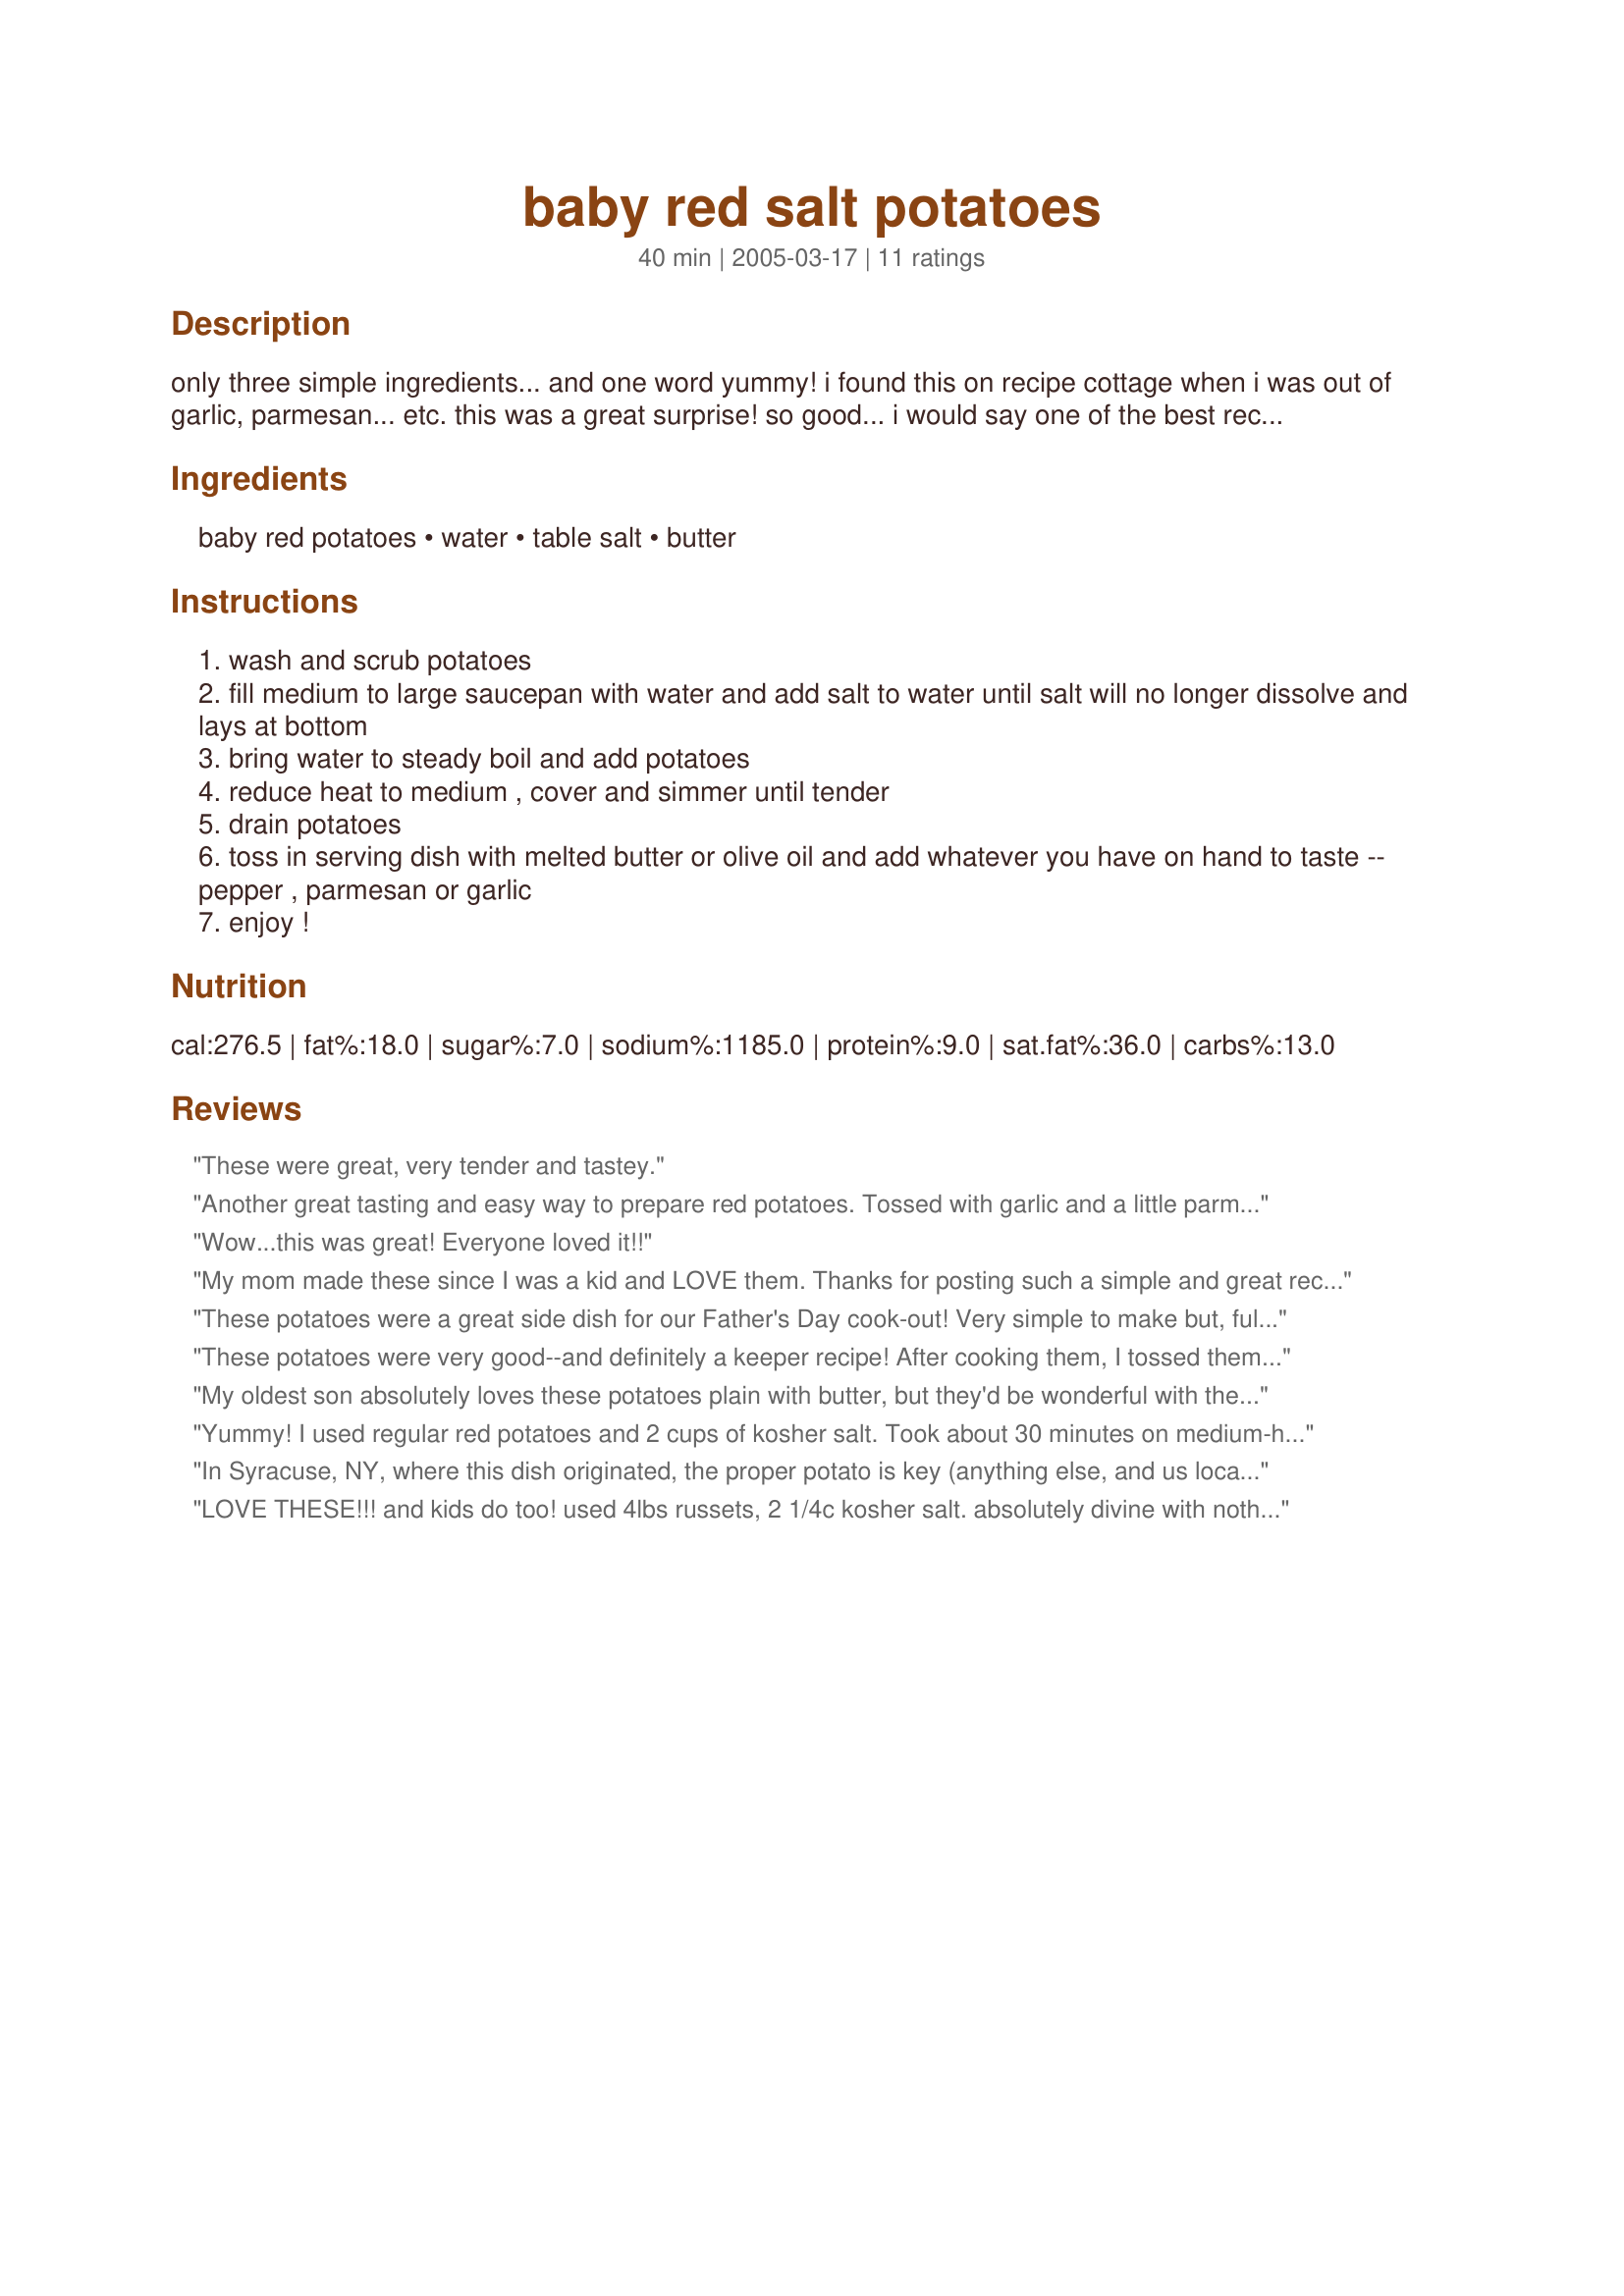
baby red salt potatoes
Preparation time: 40 minutes

only three simple ingredients... and one word yummy! i found this on recipe cottage when i was out of garlic, parmesan... etc. this was a great surprise! so good... i would say one of the best recipes i've found on the net! (i've added garlic with the butter now when i have it)

Ingredients:
baby red potatoes, water, table salt, butter

Steps:
wash and scrub potatoes
fill medium to large saucepan with water and add salt to water until salt will no longer dissolve and lays at bottom
bring water to steady boil and add potatoes
reduce heat to medium , cover and simmer until tender
drain potatoes
toss in serving dish with melted butter or olive oil and add whatever you have on hand to taste -- pepper , parmesan or garlic
enjoy !

Reviews:
These were great, very tender and tastey.
Another great tasting and easy way to prepare red potatoes. Tossed with garlic and a little parmesan. Good, good, good! Thnx for sharing your recipe, Che~Sara. Made for Holiday P-A-R-T-Y Event Dec 2009.
Wow...this was great! Everyone loved it!!
My mom made these since I was a kid and LOVE them. Thanks for posting such a simple and great recipe!!!
These potatoes were a great side dish for our Father's Day cook-out! Very simple to make but, full of flavor. We used Kosher salt and put parmesan and garlic on the table for people to add to their potatoes. Awesome recipe!
These potatoes were very good--and definitely a keeper recipe! After cooking them, I tossed them with a little olive oil, some parsley, and some garlic. Thanks!
My oldest son absolutely loves these potatoes plain with butter, but they'd be wonderful with the addition of parsley, garlic, etc. Super easy and a great side with meat, chicken, or fish. Thanks for sharing the recipe!
Yummy! I used regular red potatoes and 2 cups of kosher salt. Took about 30 minutes on medium-high. I just coated them in butter and olive oil afterwards, but I could have eaten them plain since the salt had imparted such great flavor. They were a great accompaniment to turkey meatloaf and horseradish sauce (another Zaar recipe).
In Syracuse, NY, where this dish originated, the proper potato is key (anything else, and us locals go batty). White new potatoes are the only way to go, more specifically Size B, Grade US No. 2.<br/><br/>They're creamier, and with the thinner skins, complement the salt brine nicely.<br/><br/>Give it a go, and i guarantee that you'll never make salt potatoes with red potatoes again.
LOVE THESE!!! and kids do too! used 4lbs russets, 2 1/4c kosher salt. absolutely divine with nothing but butter!! may use garlic butter next time!! :)
I too am from Syracuse and the only way I will make them is with red Potatoes. Amaaaazzzing <3
